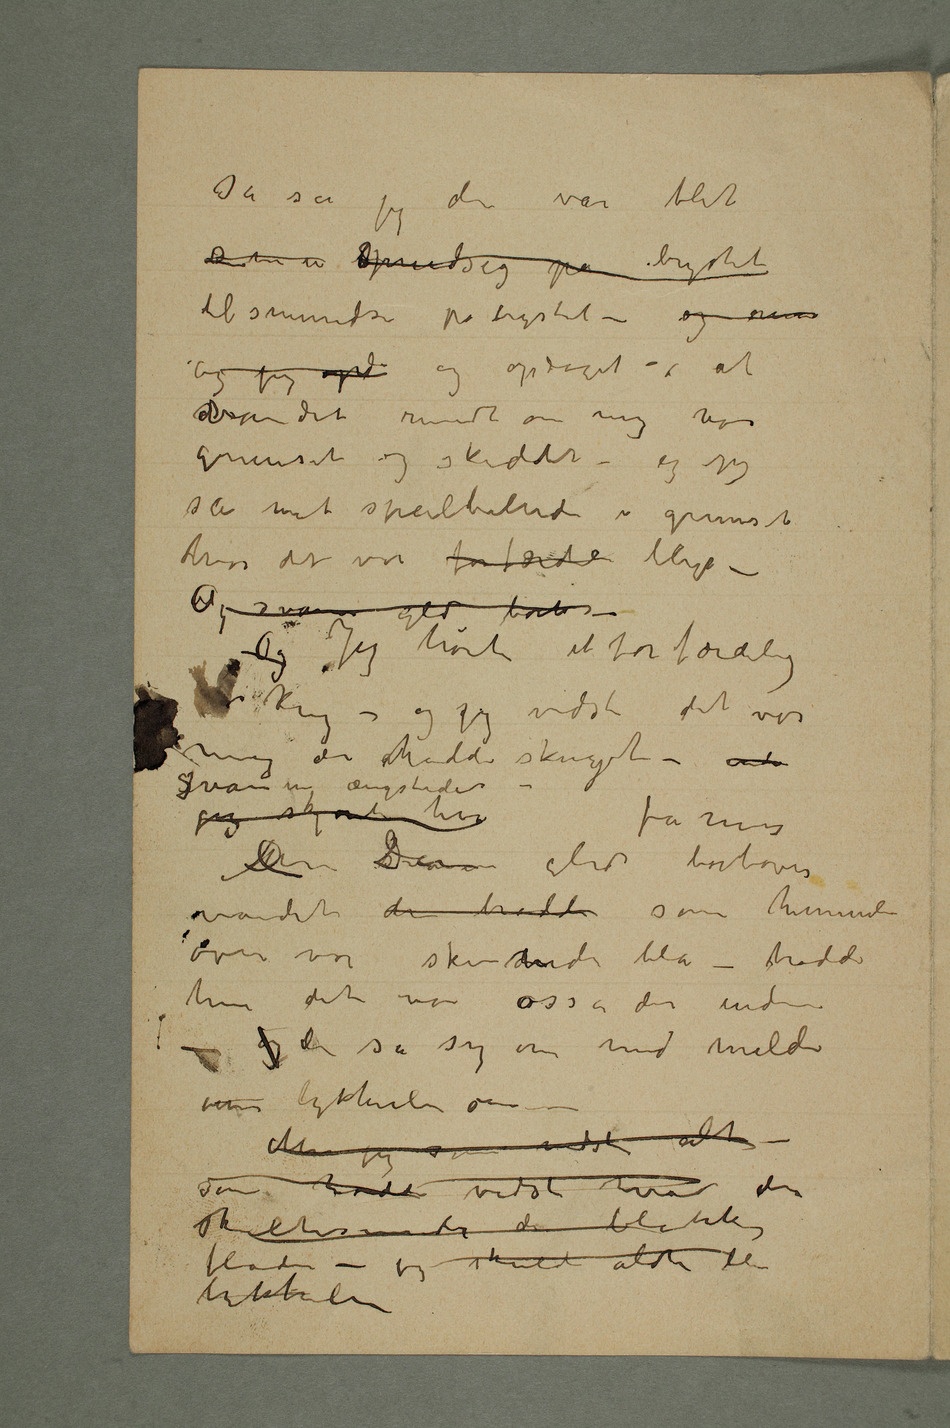
så så jeg den var blit
og jeg opd og opdaget  at
vandet rundt om mig var
grumset og skiddent – og jeg
så mit speilbillede i grumset
hvor det var forfærde blegt –
hørte et forfærdelig
mig der hadde skreget –
Svanen ængstedes –
Den Den gled fra mig bortover
vandet den trodde som himmelen
over var skinnende blå – trodde
hun det var osså der under
– og den så sig om med milde
øine lykkelie øine –
Men
jeg som vidste alt
– som hadde vidst hvad der
fladen – jeg skulde aldri bli
lykkeli